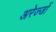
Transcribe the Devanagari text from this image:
अरेज्जों